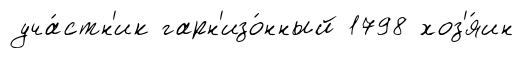
уча́стн'ик гарн'изо́нный 1798 хоз'я́ин